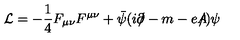
{ \cal L } = - \frac { 1 } { 4 } F _ { \mu \nu } F ^ { \mu \nu } + \bar { \psi } ( i \partial \! \! \! / - m - e A \! \! \! \! / ) \psi